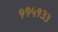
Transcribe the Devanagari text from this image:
११५१३३